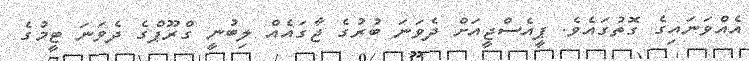
އެއްވަނައިގެ ގޮތުގައެވެ. ޕީއެސްޖީއަށް ދެވަނަ ބުރުގެ ޖާގައެއް ލިބުނީ ގްރޫޕްގެ ދެވަނަ ޓީމުގެ